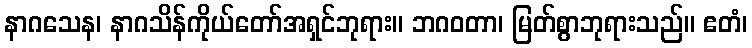
နာဂသေန၊ နာဂသိန်ကိုယ်တော်အရှင်ဘုရား။ ဘဂဝတာ၊ မြတ်စွာဘုရားသည်။ ဧတံ၊